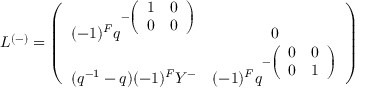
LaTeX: L ^ { ( - ) } = \left( \begin{array} { c c } { { ( - 1 ) ^ { F } q ^ { - \left( \begin{array} { c c } { { 1 } } & { { 0 } } \\ { { 0 } } & { { 0 } } \end{array} \right) } } } & { { 0 } } \\ { { ( q ^ { - 1 } - q ) ( - 1 ) ^ { F } Y ^ { - } } } & { { ( - 1 ) ^ { F } q ^ { - \left( \begin{array} { c c } { { 0 } } & { { 0 } } \\ { { 0 } } & { { 1 } } \end{array} \right) } } } \end{array} \right)